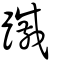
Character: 䠞